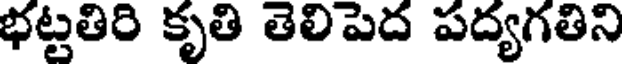
భట్టతిరి కృతి తెలిపెద పద్యగతిని